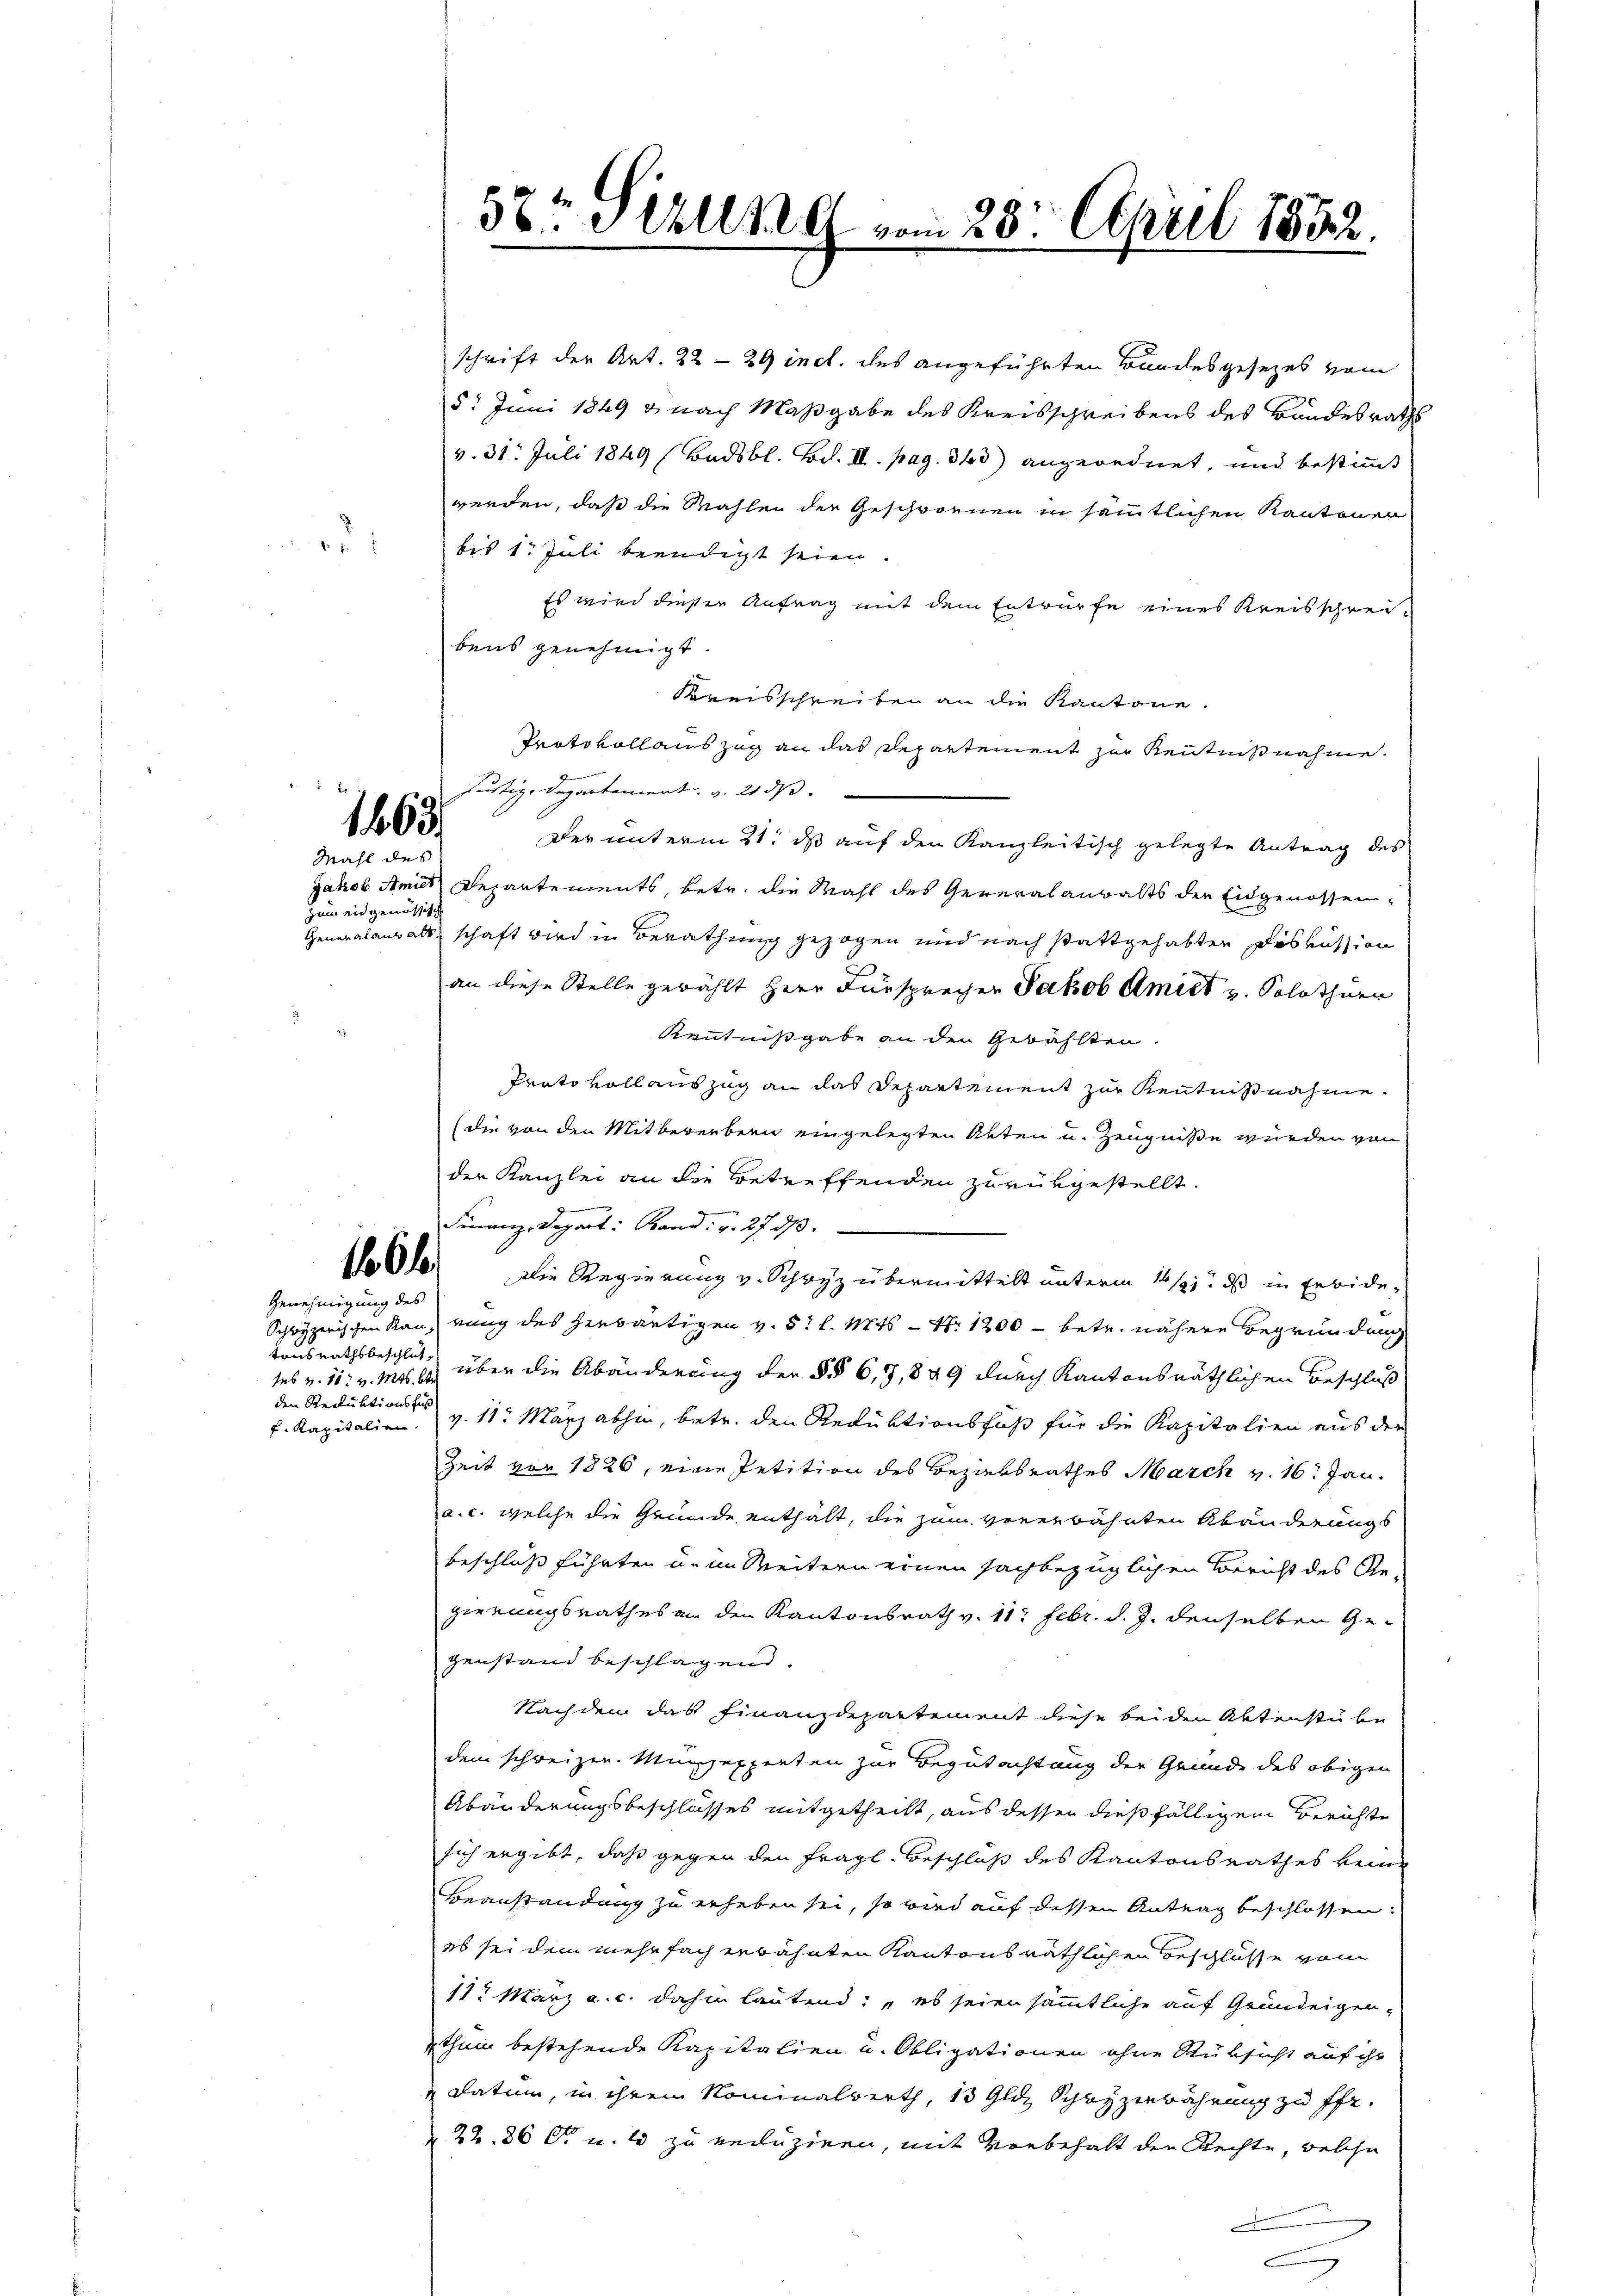
.

1463
Mahl des

zum eidgenössische

166 f

Genehmigung des
tonsrathsbeschluß
den Reduktionsfuß

schrift der Art. 22 -29 incl. des angeführten Bundesgesezes vom
5. Juni 1849 & nach Maßgabe des Kreisschreibens des Bandesraths
v. 31. Juli 1849 (Badsbl. Bd. II. pag. 343 angeordnet, und bestimmt
werden, daß die Wahlen der Geschwornen in sämmtlichen Kantonen
bis 1. Juli beendigt seien.
Es wird dieser Antrag mit dem Entwürfe eines Kreisschreibens genehmigt.
Kreisschreiben an die Kantone.
Protokollauszug an das Departement zur Kenntnißnahme.
Justiz, Departement, v. 21 ds.
Der unterm 21. ds auf den Kanzleitisch gelegte Antrag des
Jakob Amiet Departements, betr. die Mahl des Generalanwalts der Eidgenossen¬
Generalausalk, schaft wird in Berathung gezogen und nach stattgehabten Diskussion
an diese Stelle gewählt Herr Fürsprecher Jakob Amiet u. Solothur
Kenntnisgabe an den Gewählten.
Prato voll auszug an das Departement zur Kenntnißnahme.
(die von den Mitbererbern eingelegten Akten u. Zeugniße wurden von
der Kanzlei an die Betreffenden zurükgestellt.
Finanz-Depart: Rand. v. 27. ds.
Die Regierung v. Schwyz übermittelt unterm 11. ds in Erbide¬
Schwyzerischen Rau, rung des herwärtigen v. 5. l. Mts. – N: 1200 - betr. nähere Begründung
tes v. 11. v. Mts. über die Abänderung der §§ 6, 7,849 durch Kantonsräthlichen Beschluß
k. Kapitalien v. 11. März abhin, betr. den Reduktionsfuß für die Kapitalien aus der
Zeit von 1826, eine Petition des Bezirksrathes March v. 16. Jan.
a. c. welche die Grunde enthalt, die zum vererwähnten Abänderungs
beschluß führten u. im Weitern einen sachbezüglichen Bericht des Ge-
gernungsrathes an den Kantonsrath v. 11. Febr. d. J. denselben Gegenstand beschlagend.
Nachdem das Finanzdepartement diese beiden Aktenstube
dem schweizen. Münzexperten zur Begutachtung der Gründe des obigen
Abänderungsbeschlusses mitgetheilt, aus dessen dießfälligem Berichte
sich ergibt, daß gegen den Fragl. Beschluß des Kantonsrathes keine
Beanstandung zu erheben sei, so wird auf dessen Antrag beschlossen:
ob sei dem mehrfach erwähnten Kantonsräthlichen Beschlüsse vom
11. März a. c. dahin lautend: „es seien sämmtliche auf Grundeigen,
nthum bestehende Kapitalien u. Obligationen ohne Rüksicht auf ihr
 Datum, in ihrem Nominalverth, 10 Gldz Schwyzenbahrung zu ff.
 22. 86 f. u. 2 zu reduziren, mit Vorbehalt den Rechte, welche

58te Sekung vom 28. April 1882.